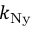
k _ { \mathrm { N y } }